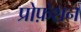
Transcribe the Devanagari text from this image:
प्रोफ़ेशन